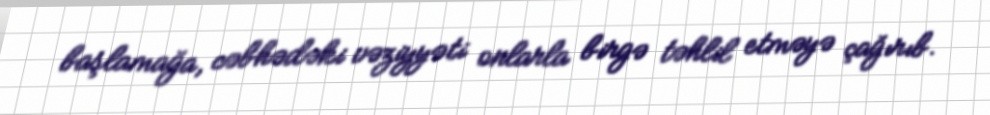
başlamağa, cəbhədəki vəziyyəti onlarla birgə təhlil etməyə çağırıb.